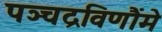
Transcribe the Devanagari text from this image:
पञ्चद्रविणौंमे